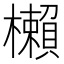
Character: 櫴